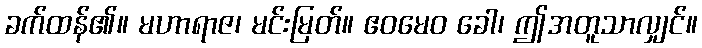
ခက်ထန်၏။ မဟာရာဇ၊ မင်းမြတ်။ ဧဝမေဝ ခေါ၊ ဤအတူသာလျှင်။